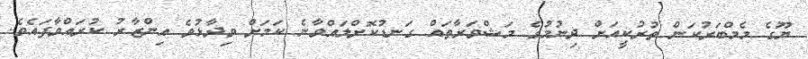
ޔޫގެ މެމްބަރުކަން ތުރުކީއަށް ދިނުމުގެ މަޝްވަރާތައް ގަނޑުކޮށްލައްވާނެ ކަމަށް ވިދާޅުވެ އިންޒާރު ކުރައްވާފައެވެ.